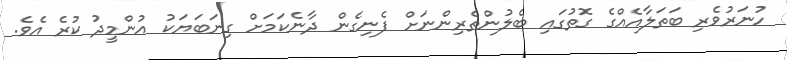
ހުނަރުވެރި ބަތަލާއެއްގެ ގޮތުގައި ބެލުންތެރިންނަށް ފެނިގެން ދާނެކަމަށް ގިނަބަޔަކު އުންމީދު ކުރެ އެވެ.